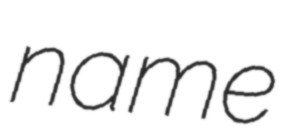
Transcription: name